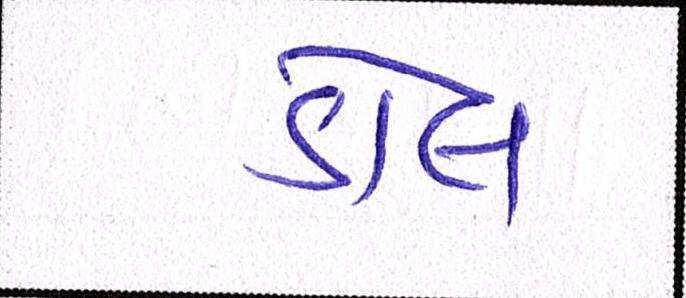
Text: ડોલ